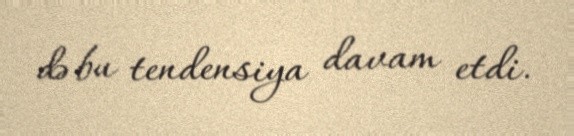
də bu tendensiya davam etdi.